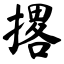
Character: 撂